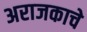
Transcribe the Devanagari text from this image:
अराजकाचे